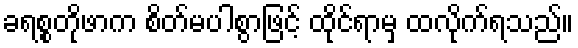
ခရစ္စတိုဖာက စိတ်မပါစွာဖြင့် ထိုင်ရာမှ ထလိုက်ရသည်။